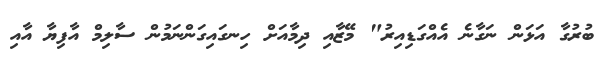
ބުރުގާ އަޅަން ނަގާނެ އެއްގަޑިއިރު" މޭޒާއި ދިމާއަށް ހިނގައިގަންނަމުން ސާލިމް އާފިޔާ އާއި